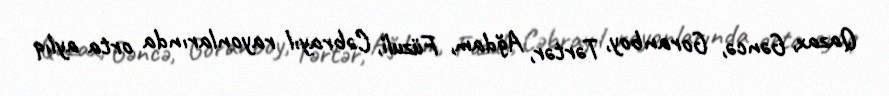
Qazax, Gəncə, Goranboy, Tərtər, Ağdam, Füzuli, Cəbrayıl rayonlarında orta aylıq